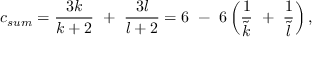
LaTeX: c _ { s u m } = { \frac { 3 k } { k + 2 } } ~ + ~ { \frac { 3 l } { l + 2 } } = 6 ~ - ~ 6 \left( { \frac { 1 } { \tilde { k } } } ~ + ~ { \frac { 1 } { \tilde { l } } } \right) ,